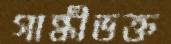
গান্ধীভক্ত